Leaving Certificate Examination (including Day School Certificate (Higher) General paper), 1936
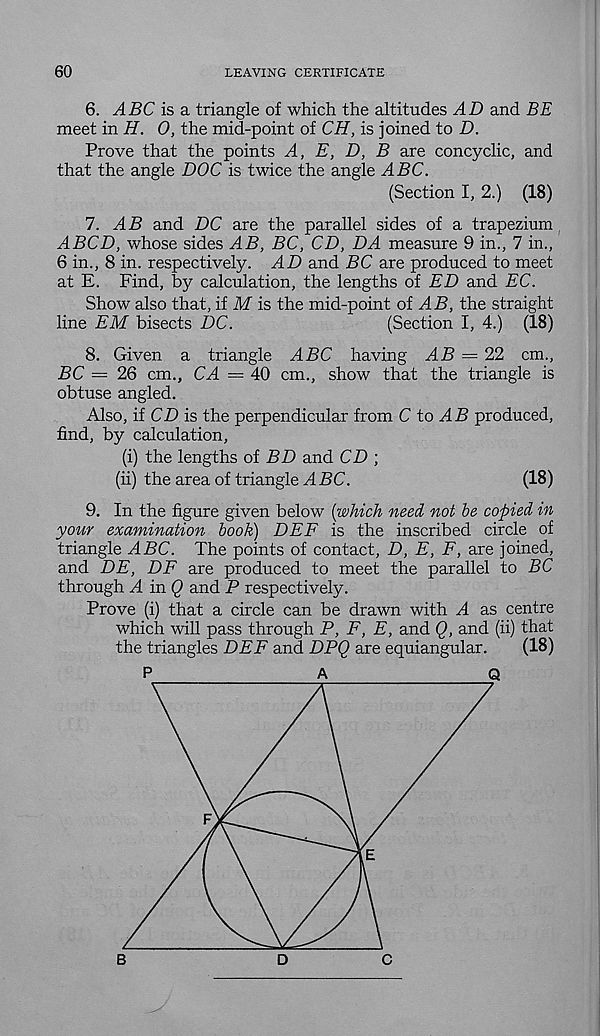
60
LEAVING CERTIFICATE
6. ABC is & triangle of which the altitudes AD and BE
meet in H. 0, the mid-point of CH, is joined to D.
Prove that the points A, E, D, B are concyclic, and
that the angle DOC is twice the angle ABC.
(Section I, 2.) (18)
7. AB and DC are the parallel sides of a trapezium
ABCD, whose sides AB, BC, CD, DA measure 9 in., 7 in.,
6 in., 8 in. respectively. AD and BC are produced to meet
at E. Find, by calculation, the lengths of ED and EC.
Show also that, if M is the mid-point of AB, the straight
line EM bisects DC.
(Section I, 4.) (18)
8. Given a triangle ABC having AB = 22 cm.,
BC — 26 cm., CA — 40 cm., show that the triangle is
obtuse angled.
Also, if CD is the perpendicular from C to AB produced,
find, by calculation,
(i) the lengths of BD and CD ;
(ii) the area of triangle ADC.
(18)
9. In the figure given below [which need not be copied in
your examination book) DEE is the inscribed circle of
triangle ABC. The points of contact, D, E, F, are joined,
and DE, DF are produced to meet the parallel to DC
through A in Q and P respectively.
Prove (i) that a circle can be drawn with A as centre
which will pass through P, F, E, and Q, and (ii) that
the triangles DEF and DPQ are equiangular.
(18)